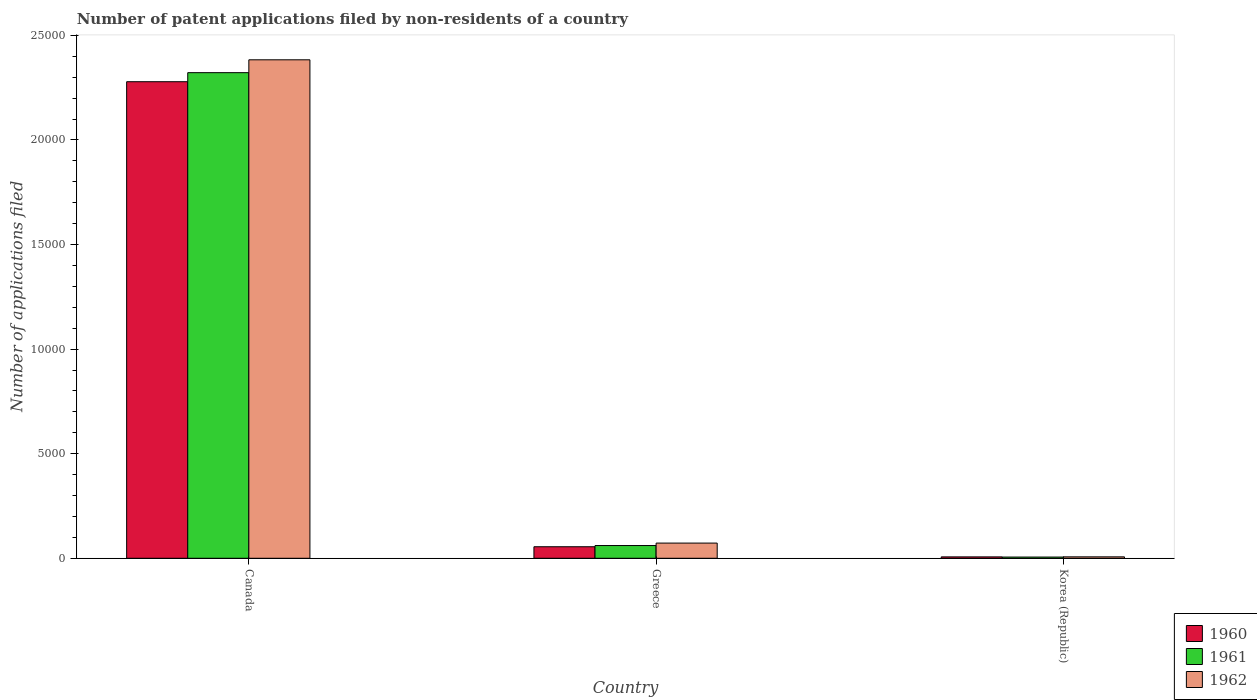
| Country | 1960 | 1961 | 1962 |
 | --- | --- | --- | --- |
 | Canada | 2.28e+04 | 2.32e+04 | 2.38e+04 |
 | Greece | 551 | 609 | 726 |
 | Korea (Republic) | 66 | 58 | 68 |